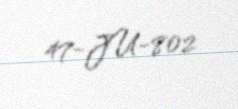
47-JU-802